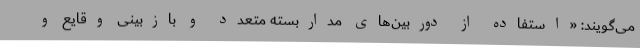
می‌گویند: «استفاده از دوربین‌های مداربسته متعدد و بازبینی وقایع و